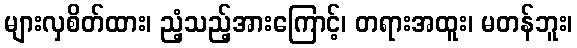
များလှစိတ်ထား၊ ညံ့သည့်အားကြောင့်၊ တရားအထူး၊ မတန်ဘူး၊